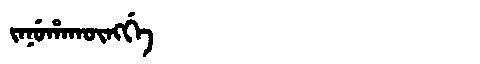
Manchu: ᠵᠠᠨᡠᡥᠠᡴᡡᠩᡤᡝ
Romanization: JANUHAKŪNGGE